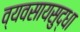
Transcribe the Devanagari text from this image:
व्यवसायसुद्धा